Annual returns of the Patna Lunatic Asylum at Bankipore in Bihar and Orissa - 1912-1924
Year: 1912
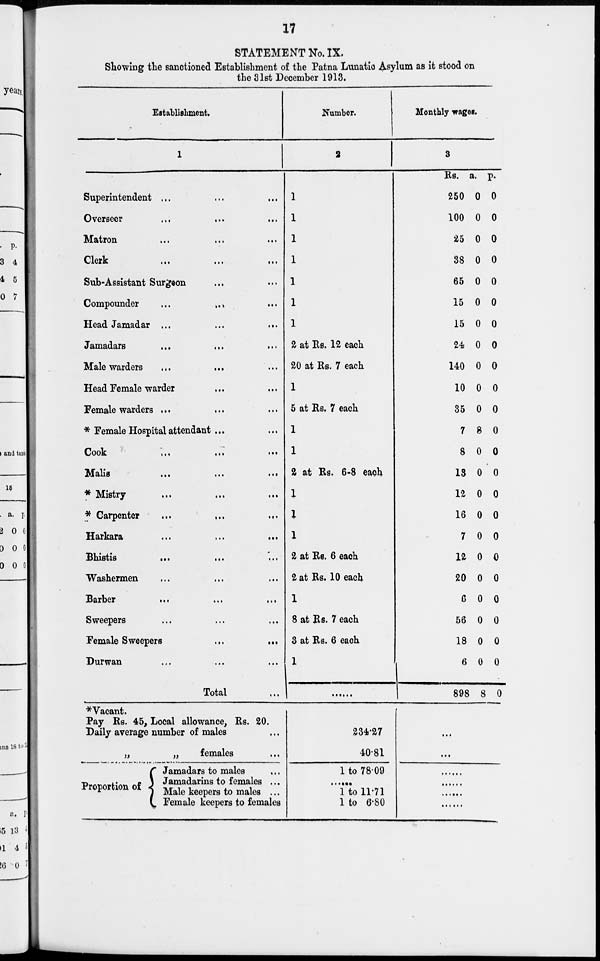
17
STATEMENT No. IX.
Showing the sanctioned Establishment of the Patna Lunatic Asylum as it stood on
the 31st December 1913.
Establishment.
1
Superintendent ... ... ...
Overseer ... ... ...
Matron ... ... ...
Clerk
...
...
...
Sub-Assistant Surgeon ... ...
Compounder
...
...
...
Head Jamadar ...
...
...
Jamadars
...
...
...
Male warders ... ... ...
Head Female warder ... ...
Female warders ... ... ...
* Female Hospital attendant ... ...
Cook
...
...
...
Malis
...
...
...
* Mistry ... ... ...
* Carpenter
...
...
...
Harkara ... ... ...
Bhistis
...
...
...
Washermen ... ... ...
Barber ... ... ...
Sweepers
...
...
...
Female Sweepers
...
...
Durwan ... ... ...
Total ...
Number.
2
1
1
1
1
1
1
1
2 at Rs. 12 each
20 at Rs. 7 each
1
5 at Rs. 7 each
1
1
2 at Rs. 6-8 each
1
1
1
2 at Rs. 6 each
2 at Rs. 10 each
1
8 at Rs. 7 each
3 at Rs. 6 each
1
......
Monthly wages.
3
Rs.
250
100
25
38
65
15
15
24
140
10
35
7
8
13
12
16
7
12
20
6
56
18
6
898
a.
0
0
0
0
0
0
0
0
0
0
0
8
0
0
0
0
0
0
0
0
0
0
0
8
p.
0
0
0
0
0
0
0
0
0
0
0
0
0
0
0
0
0
0
0
0
0
0
0
0
* Vacant.
Pay Rs. 45, Local allowance, Rs. 20.
Daily average number of males ...
„
„
females ...
Proportion of
Jamadars to males ...
Jamadarins to females ...
Male keepers to males ...
Female keepers to females
234.27
4081
1 to 78.09
......
1 to 11.71
1 to 6.80
...
...
......
......
......
......